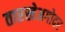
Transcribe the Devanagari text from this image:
तारखेअगोदर